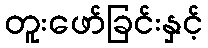
တူးဖော်ခြင်းနှင့်